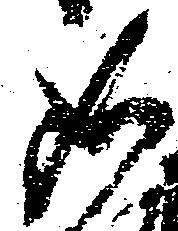
如